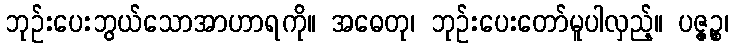
ဘုဉ်းပေးဘွယ်သောအာဟာရကို။ အဓေတု၊ ဘုဉ်းပေးတော်မူပါလှည့်။ ပဇ္ဇဉ္စ၊